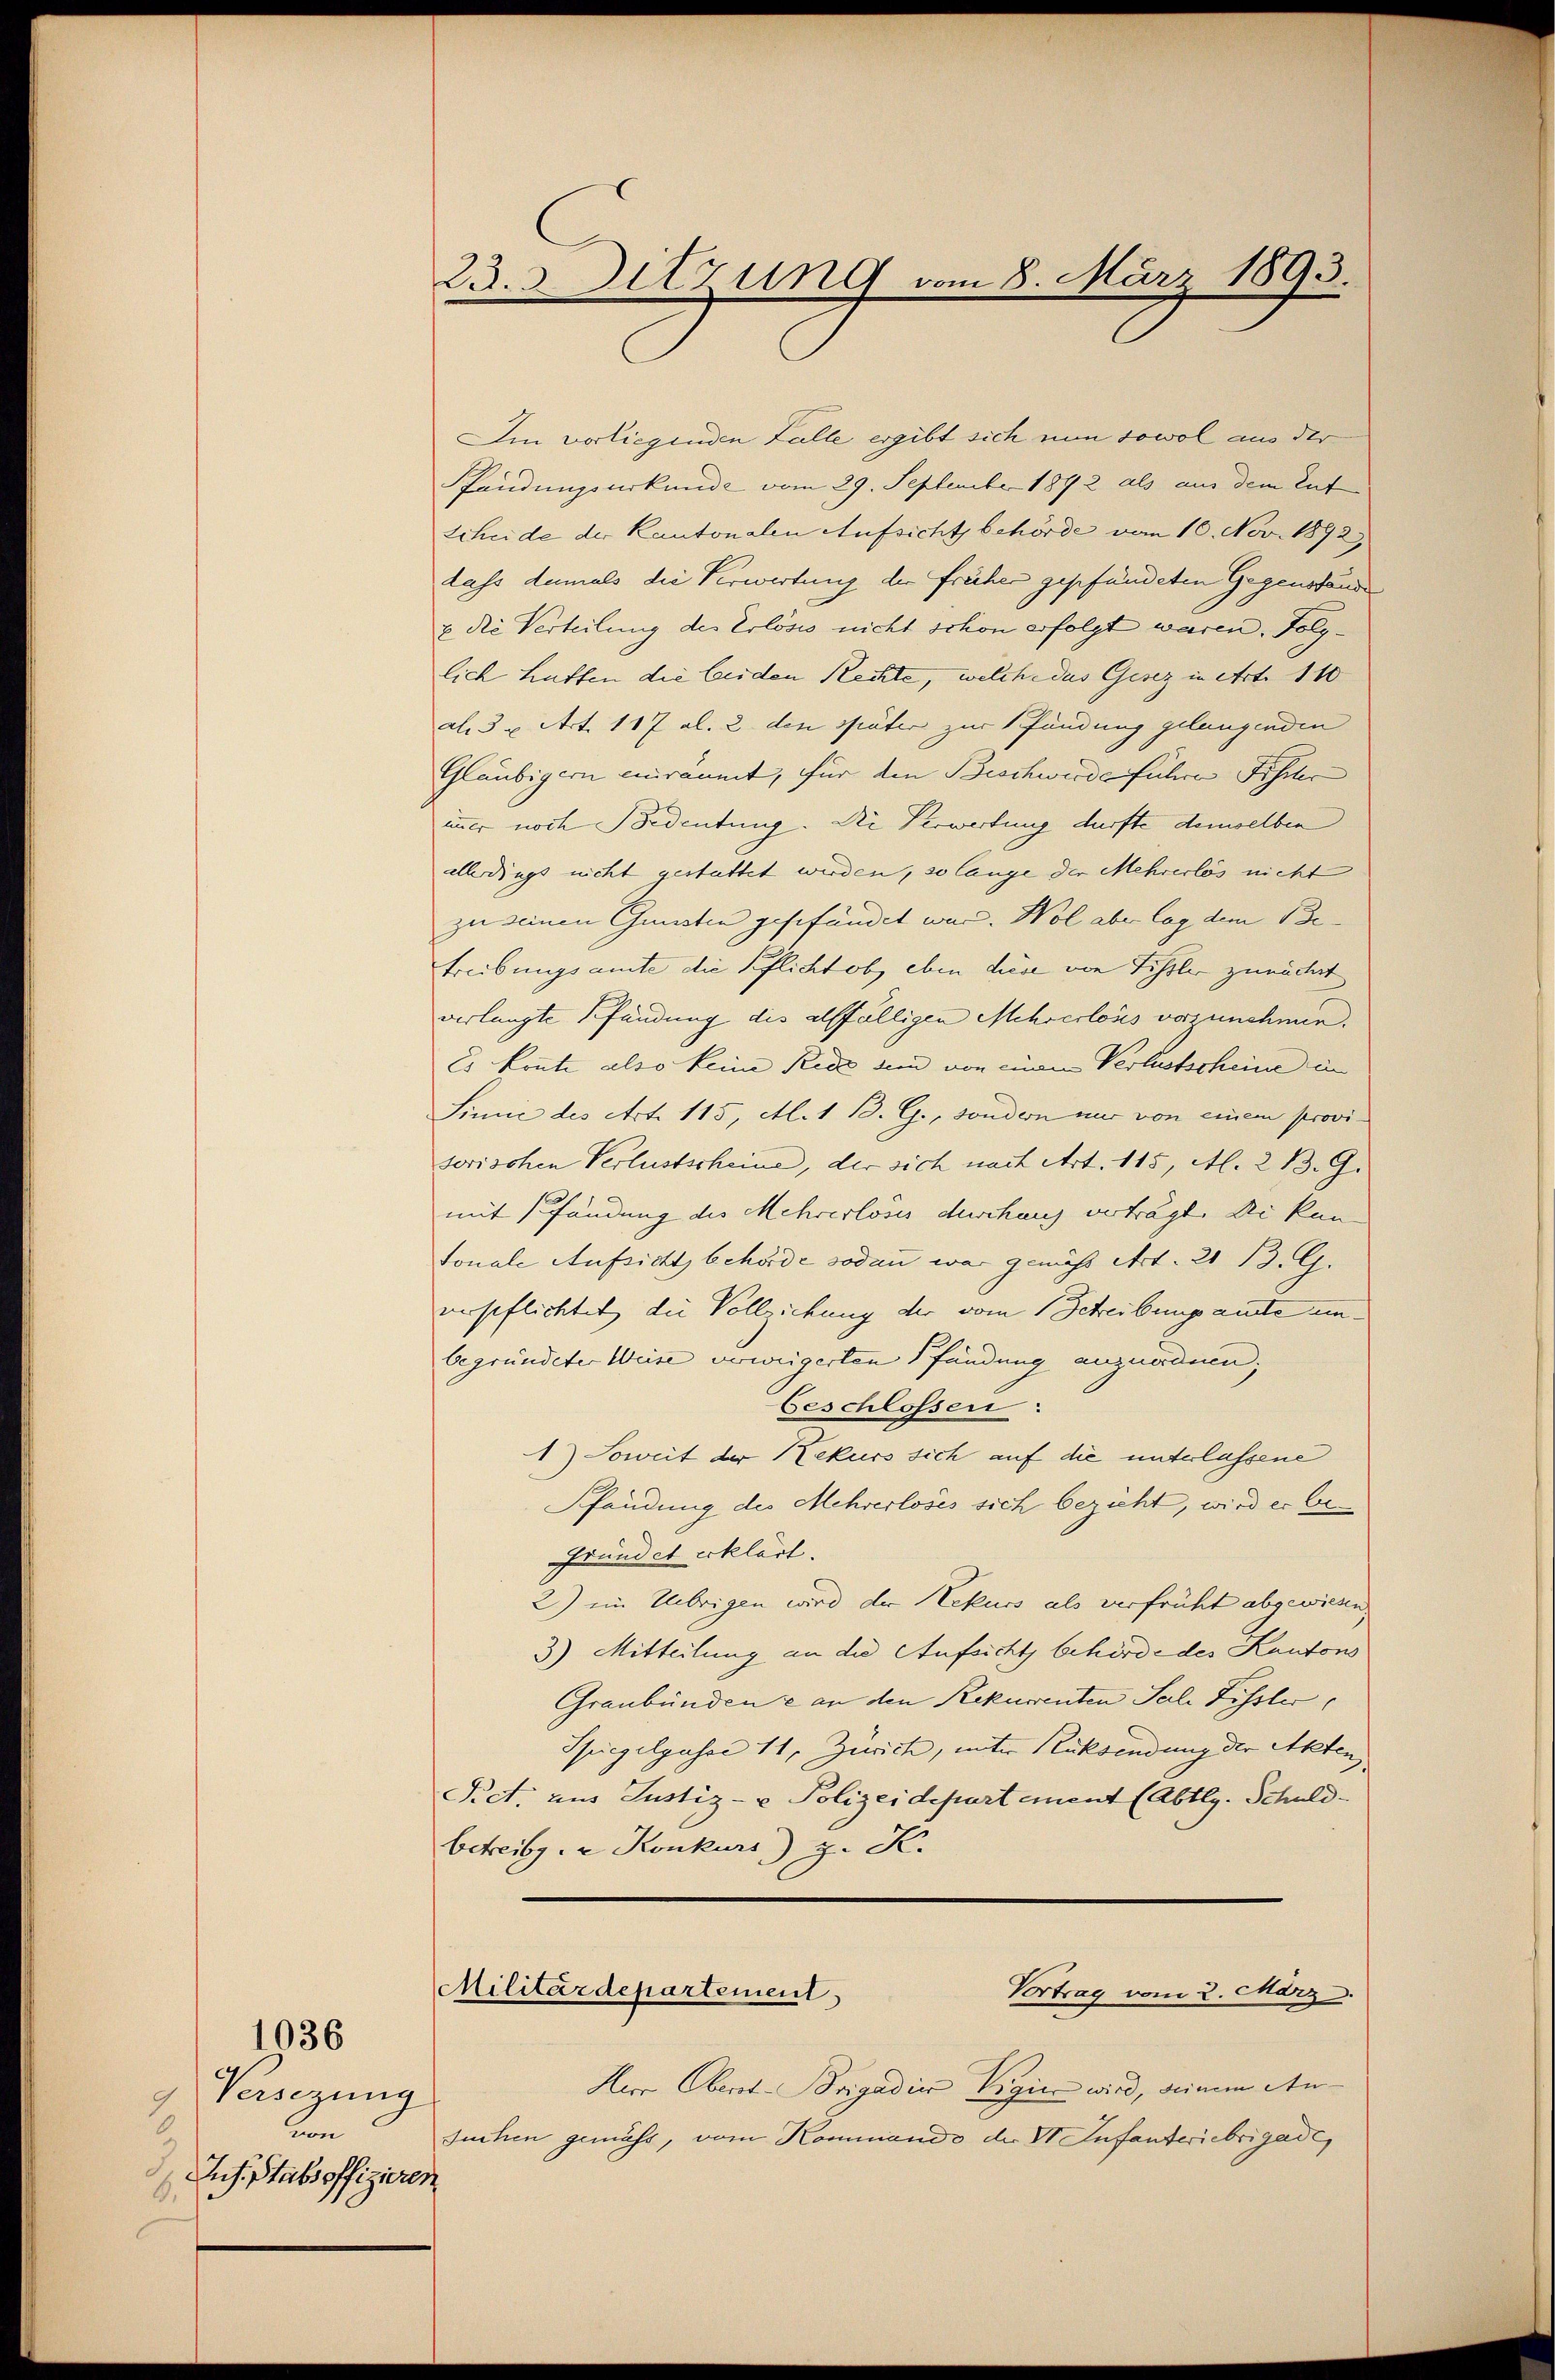
Versezung
9
von
Jus. Stabsoffizieren
.

1036

23. 3. Sitzung vom 8. März 1893.

Ien vorliegenden Falle ergibt sich nun sowol aus der
fändungsurkunde vom 29. September 1892 als aus dem Ent
Scheide der Kantonalen Aufsicht behörde vom 10. Nov. 1892
dass damals die Verwertung der früher geschändeten Gegenstande
& die Verteilung des Erlöses nicht schon erfolgt waren. Folglich haften die beiden Rechte, welche das Gesez in Art. 110
al. 3 u. Art. 117 al. 2 den später zur Pfändung gelangenden
Gläubigern einräumt, für den Beschwerde führe Fischer
immer noch Bedeutung. Die Verwerbung dürfte demselben
allerdings nicht gestattet werden, so lange der Mehrerlös nicht
zu seinen Gunsten geschändet war. Hol aber lag dem Betreibungsamte die Pflicht ob, eben diese von Fissler zunächst
verlangte Pfändung des allfälligen Mehrerlous vorzunehmen.
Es konnte also keine Rede dem von einen Verlustscheine in
Sinie des Art. 115, Al. 1 B. G., sondern nur von einem provi-
sorischen Verlustscheine, der sich nach Art. 115, Al. 2 B. G.
mit Pfändung des Mehrerlosis durchang verträgt. Sie kan
tonale Aufsicht behörde sodann war gemäß Art. 21 13. G.
verspflichtet, die Vollziehung der vom 1 Schreibungsante unbegründeter Weise verweigerten Pfändung anzuordnen;
Geschlossen:
1) Soweit der Rekurs sich auf die unterlassene
Pfändung des Mehrerloses sich bezieht, wird er be¬
Fründet erklärt.
2) im Übrigen wird der Rekurs als verfrüht abgewiesen
3) Mitteilung an die Aufsichts behörde des Kantons
Graubünden & an den Rekurrenten Sal. Fissler
Spiegelgasse 11, Zürich, unter Rücksendung der Akten,
Pict, aus Justiz- & Polizeidepartement (Abtlg. Schuld-
betreibge Konkurs) z. K.

Militärdepartement
Vortrag vom 2. März

Herr Obert-Brigadiis Vigic wird, seinem Ansuchen gemäss, vom Kommando der VI Infanteriebrigade